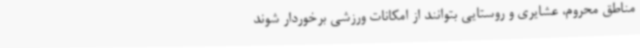
مناطق محروم، عشایری و روستایی بتوانند از امکانات ورزشی برخوردار شوند